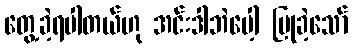
တွေ့ခဲ့ရပါတယ်ဟု အင်းဒါဘဲပေါ့ ပြုခဲ့သော်